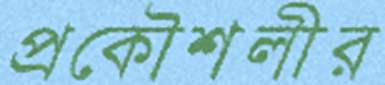
প্রকৌশলীর